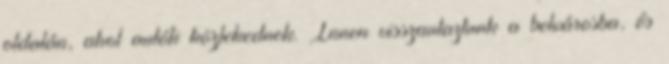
oldalán, ahol autók közlekednek. Innen visszautaztunk a belvárosba, és